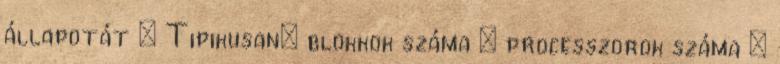
állapotát – Tipikusan: blokkok száma × processzorok száma ●